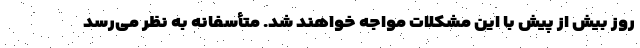
روز بیش از پیش با این مشکلات مواجه خواهند شد. متأسفانه به نظر می‌رسد